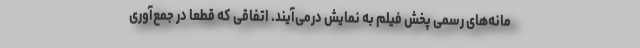
مانه‌های رسمی پخش فیلم به نمایش درمی‌آیند. اتفاقی که قطعا در جمع‌آوری